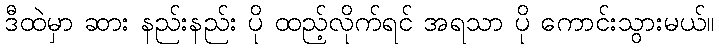
ဒီထဲမှာ ဆား နည်းနည်း ပို ထည့်လိုက်ရင် အရသာ ပို ကောင်းသွားမယ်။